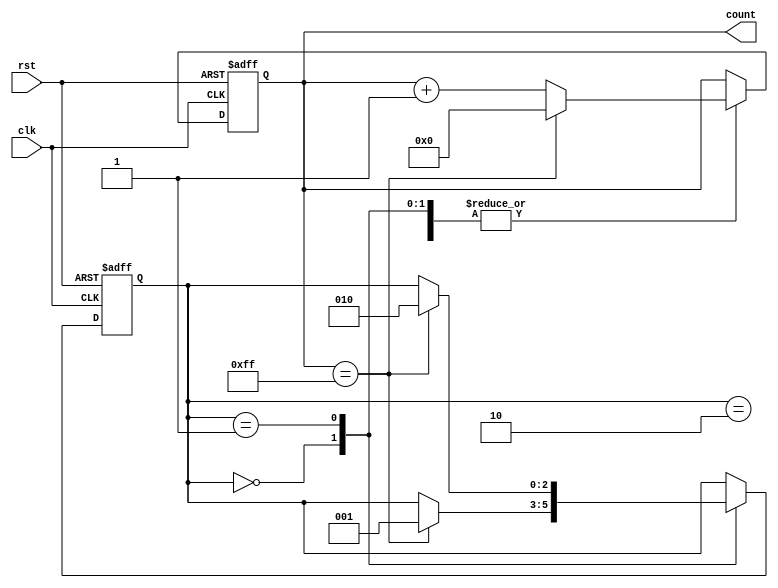
module CascadedCounter (
    input wire clk,
    input wire rst,
    output reg [7:0] count
);

reg [2:0] counter_select; // select which counter block is currently active

always @ (posedge clk or posedge rst)
begin
    if (rst)
    begin
        count <= 8'b00000000; // reset count value
        counter_select <= 3'b000; // reset counter select value
    end
    else
    begin
        case (counter_select)
            3'b000: // Counter block 0
                if (count == 8'b11111111) // check for predefined count value
                begin
                    count <= 8'b00000000;
                    counter_select <= 3'b001; // move to next counter block
                end
                else
                begin
                    count <= count + 1; // increment count value
                end
                
            3'b001: // Counter block 1
                if (count == 8'b11111111)
                begin
                    count <= 8'b00000000;
                    counter_select <= 3'b010;
                end
                else
                begin
                    count <= count + 1;
                end
                
            3'b010: // Counter block 2
                if (count == 8'b11111111)
                begin
                    count <= 8'b00000000;
                    // Add more counter blocks here as needed
                end
                else
                begin
                    count <= count + 1;
                end
        endcase
    end
end

endmodule